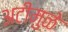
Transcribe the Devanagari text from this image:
अटीमुळे